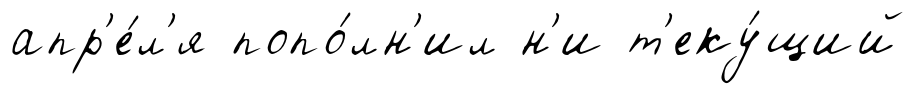
апр'е́л'я попо́лн'ил н'и т'еку́щий